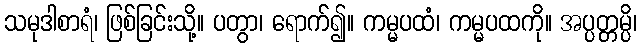
သမုဒါစာရံ၊ ဖြစ်ခြင်းသို့။ ပတွာ၊ ရောက်၍။ ကမ္မပထံ၊ ကမ္မပထကို။ အပ္ပတ္တမ္ပိ၊